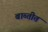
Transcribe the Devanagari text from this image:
बाब्तीत